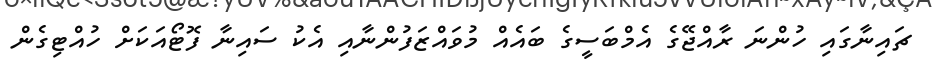
ޗައިނާގައި ހުންނަ ރާއްޖޭގެ އެމްބަސީގެ ބައެއް މުވައްޒަފުންނާއި އެކު ސައިނާ ފޮޓޯއަކަށް ހުއްޓިގެން